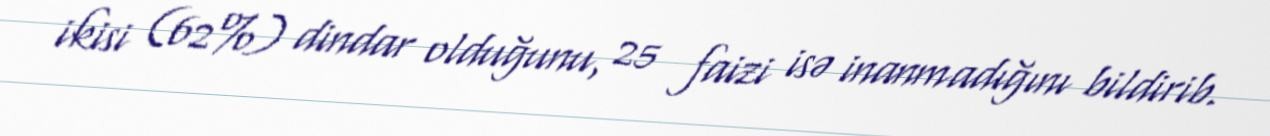
ikisi (62%) dindar olduğunu, 25 faizi isə inanmadığını bildirib.